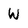
Character: W